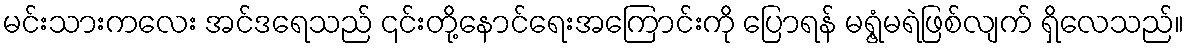
မင်းသားကလေး အင်ဒရေသည် ၎င်းတို့နောင်ရေးအကြောင်းကို ပြောရန် မရွံ့မရဲဖြစ်လျက် ရှိလေသည်။